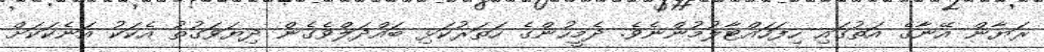
ރަޔާން އޭނާގެ އަތުގައި ހިފަހައްޓާލުމުންނެވެ. ދެމީހުންގެ ހަތަރުކަޅި ބައްދަލްވެގެން ދިޔަވަގުތު އެކަކު އަނެކަކަށް